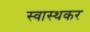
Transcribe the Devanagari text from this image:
स्वास्थकर